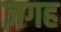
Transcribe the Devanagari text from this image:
ज़गह